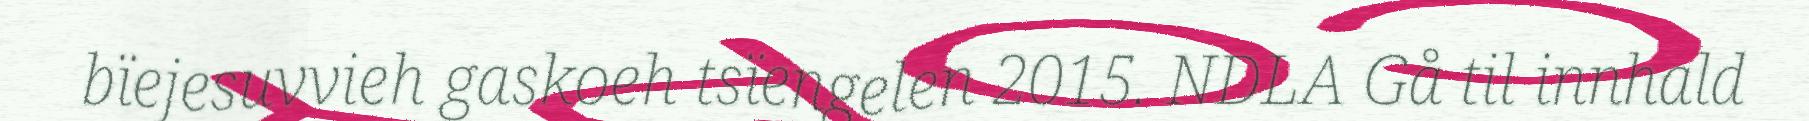
bïejesuvvieh gaskoeh tsïengelen 2015. NDLA Gå til innhald